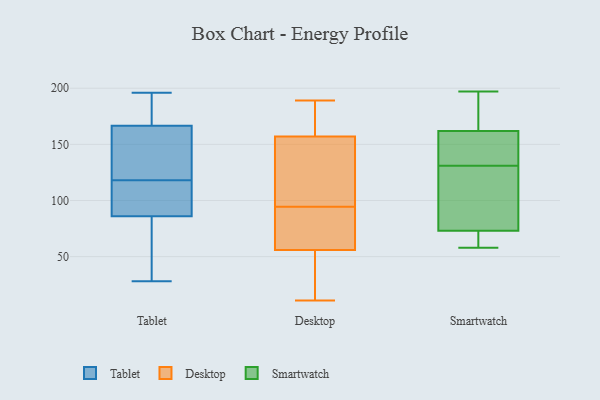
{"axis": {"x": "Production Output", "y": "Value"}, "legend": ["Desktop", "Smartwatch", "Tablet"], "data": [{"x": "", "y": 118, "type": "Tablet"}, {"x": "", "y": 28, "type": "Tablet"}, {"x": "", "y": 169, "type": "Tablet"}, {"x": "", "y": 196, "type": "Tablet"}, {"x": "", "y": 77, "type": "Tablet"}, {"x": "", "y": 107, "type": "Tablet"}, {"x": "", "y": 110, "type": "Tablet"}, {"x": "", "y": 133, "type": "Tablet"}, {"x": "", "y": 85, "type": "Tablet"}, {"x": "", "y": 85, "type": "Tablet"}, {"x": "", "y": 176, "type": "Tablet"}, {"x": "", "y": 89, "type": "Tablet"}, {"x": "", "y": 191, "type": "Tablet"}, {"x": "", "y": 159, "type": "Tablet"}, {"x": "", "y": 127, "type": "Tablet"}, {"x": "", "y": 167, "type": "Desktop"}, {"x": "", "y": 148, "type": "Desktop"}, {"x": "", "y": 170, "type": "Desktop"}, {"x": "", "y": 157, "type": "Desktop"}, {"x": "", "y": 103, "type": "Desktop"}, {"x": "", "y": 86, "type": "Desktop"}, {"x": "", "y": 72, "type": "Desktop"}, {"x": "", "y": 56, "type": "Desktop"}, {"x": "", "y": 20, "type": "Desktop"}, {"x": "", "y": 11, "type": "Desktop"}, {"x": "", "y": 72, "type": "Desktop"}, {"x": "", "y": 80, "type": "Desktop"}, {"x": "", "y": 22, "type": "Desktop"}, {"x": "", "y": 140, "type": "Desktop"}, {"x": "", "y": 157, "type": "Desktop"}, {"x": "", "y": 49, "type": "Desktop"}, {"x": "", "y": 189, "type": "Desktop"}, {"x": "", "y": 182, "type": "Desktop"}, {"x": "", "y": 58, "type": "Smartwatch"}, {"x": "", "y": 162, "type": "Smartwatch"}, {"x": "", "y": 197, "type": "Smartwatch"}, {"x": "", "y": 153, "type": "Smartwatch"}, {"x": "", "y": 109, "type": "Smartwatch"}, {"x": "", "y": 84, "type": "Smartwatch"}, {"x": "", "y": 73, "type": "Smartwatch"}, {"x": "", "y": 155, "type": "Smartwatch"}, {"x": "", "y": 61, "type": "Smartwatch"}, {"x": "", "y": 169, "type": "Smartwatch"}]}